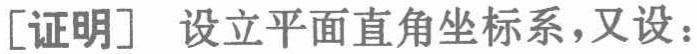
[证明] 设立平面直角坐标系，又设：